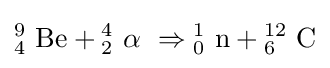
{{\mathrm {^{9}_{4}~Be} }{}+{}{\mathrm {^{4}_{2}~} \mathrm {\alpha } }~\Rightarrow {\mathrm {^{1}_{0}~n} }{}+{}{\mathrm {^{12}_{6}~C} }}